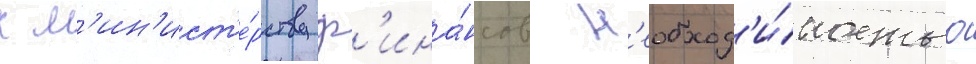
к м'ин'ист'е́рству ф'ина́нсов н'еобход'и́мостью